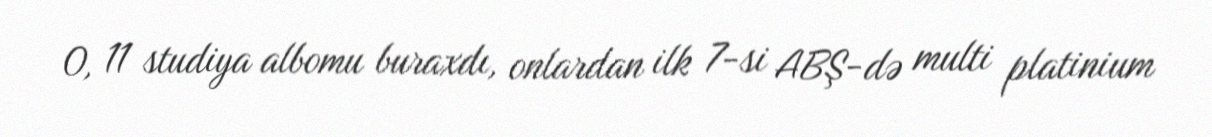
O, 11 studiya albomu buraxdı, onlardan ilk 7-si ABŞ-də multi platinium